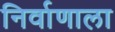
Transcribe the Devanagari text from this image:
निर्वाणाला